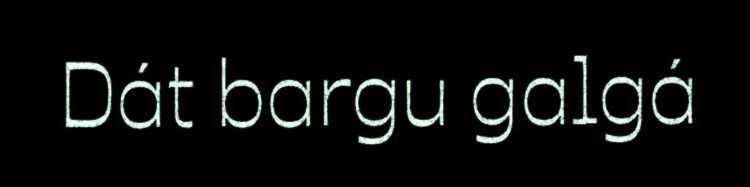
Dát bargu galgá